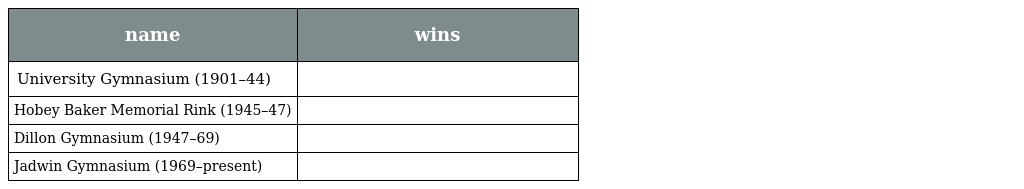
| name | wins |
 | --- | --- |
 | University Gymnasium (1901–44) |  |
 | Hobey Baker Memorial Rink (1945–47) |  |
 | Dillon Gymnasium (1947–69) |  |
 | Jadwin Gymnasium (1969–present) |  |